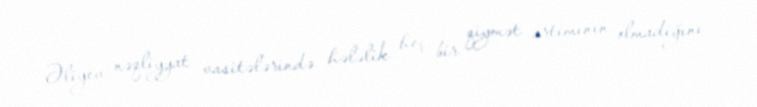
Əliyev nəqliyyat vasitələrində hələlik heç bir qiymət artımının olmadığını